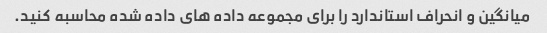
میانگین و انحراف استاندارد را برای مجموعه داده های داده شده محاسبه کنید.